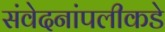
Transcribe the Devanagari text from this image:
संवेदनांपलीकडे